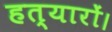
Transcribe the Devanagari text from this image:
हत्यारों।